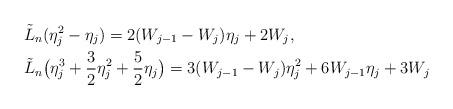
LaTeX: \begin{align*}\begin{aligned}& \tilde{L}_n ( \eta_j^2 - \eta_j ) = 2 ( W_{ j -1 } - W_j ) \eta_j + 2 W_j , \\& \tilde{L}_n \big( \eta_j^3 + \frac{3}{2} \eta_j^2 + \frac{ 5 }{ 2 } \eta_j \big) = 3 (W_{ j -1 } - W_j ) \eta_j^2 + 6 W_{ j - 1 } \eta_j + 3 W_j \end{aligned} \end{align*}